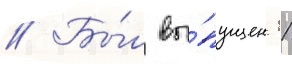
// Бы́л вы́пущен 11